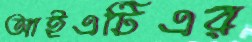
আইএটিএর